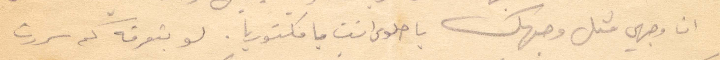
ان وجهي كثل وجهك با حلوى انت يا فكتوريا. لو بتعرفه كم سررت